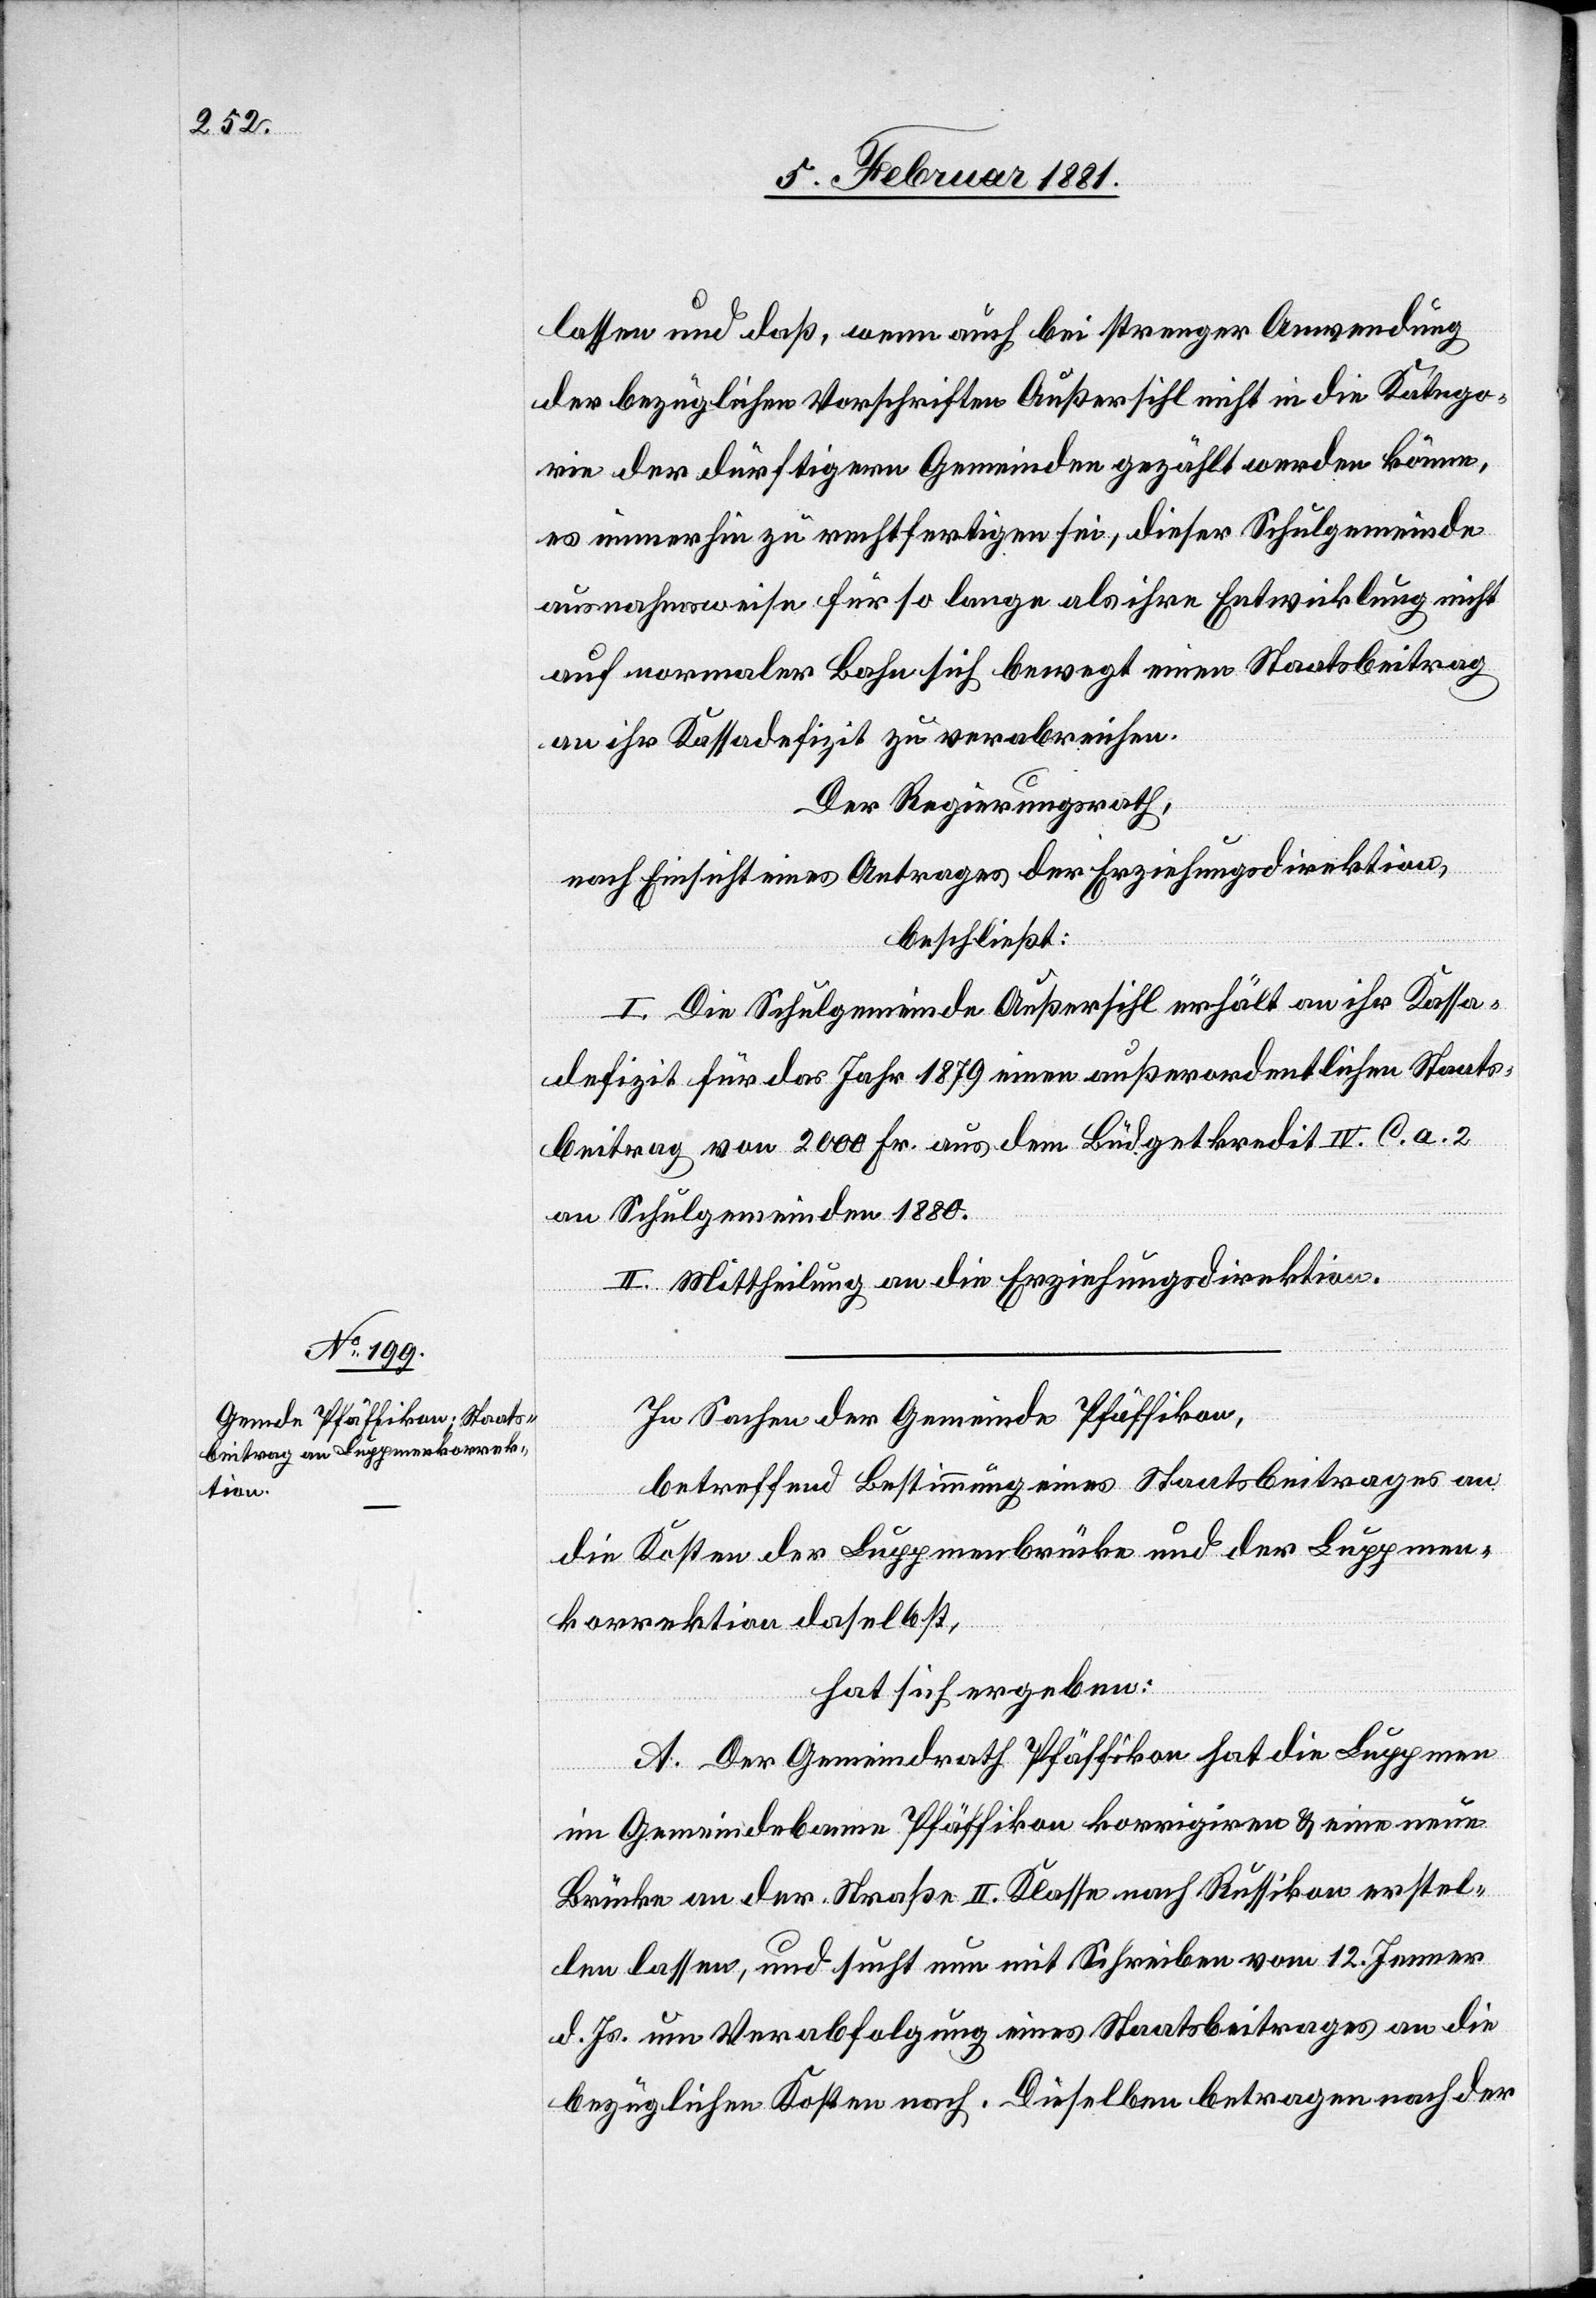
lassen und daß, wenn auch bei strenger Anwendung
der bezüglichen Vorschriften Außersihl nicht in die Katego¬
rie der dürftigen Gemeinden gezählt werden könne,
es immerhin zu rechtfertigen sei, dieser Schulgemeinde
ausnahmsweise für so lange als ihre Entwicklung nicht
auf normaler sich Bahn bewegt einen Staatsbeitrag
an ihr Kassadefizit zu verabreichen.
Der Regierungsrath,
nach Einsicht eines Antrages der Erziehungsdirektion,
beschließt:
I. Die Schulgemeinde Außersihl erhält an ihr Kassa¬
defizit für das Jahr 1879 einen außerordentlichen Staats¬
beitrag von 2000 Fr. aus dem Büdgetkredit IV. C. a. 2
an Schulgemeinden 1880.
II. Mittheilung an die Erziehungsdirektion.
In Sachen der Gemeinde Pfäffikon,
betreffend Bestimmung eines Staatsbeitrages an
die Kosten der Luppmenbrücke und der Luppmen¬
korrektion daselbst,
hat sich ergeben:
A. Der Gemeindrath Pfäffikon hat die Luppmen
im Gemeindebann Pfäffikon korrigiren & eine neue
Brücke an der Straße II. Klasse nach Russikon erstel¬
len lassen, und sucht nun mit Schreiben vom 12. Jenner
d. Js. um Verabfolgung eines Staatsbeitrages an die
bezüglichen Kosten nach. Dieselben betragen nach der